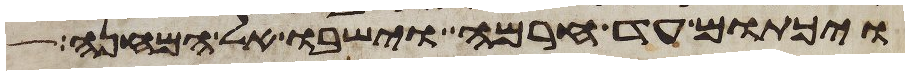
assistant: ויכתום עד חרמה וישבו אל המחנה